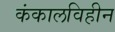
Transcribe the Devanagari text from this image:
कंकालविहीन